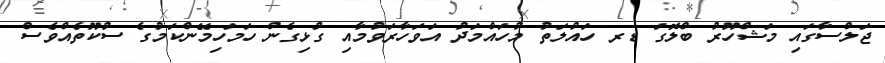
ޖަލްސާގައި މަޝްހޫރު ބްލޮގަ ޑރ ހައުލަތު މުހައްމަދު އަވަހާރަވުމާއި ގުޅިގެން ހަމަހިމޭންކަމުގެ ސުކޫތެއްވެސް